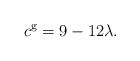
LaTeX: \begin{align*}c^{\mathrm{g}}=9-12\lambda . \end{align*}